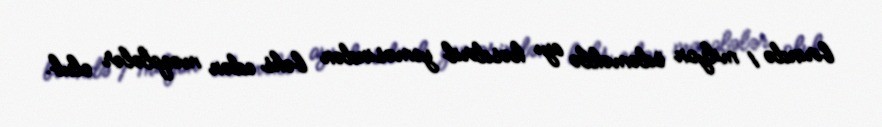
birində 1 milyon ödəməklə ayı kəsdirib yeməsindən bəhs edən məqalələr olub.